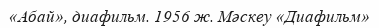
«Абай», диафильм. 1956 ж. Мәскеу «Диафильм»